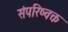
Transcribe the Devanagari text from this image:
संपरिष्वक्त